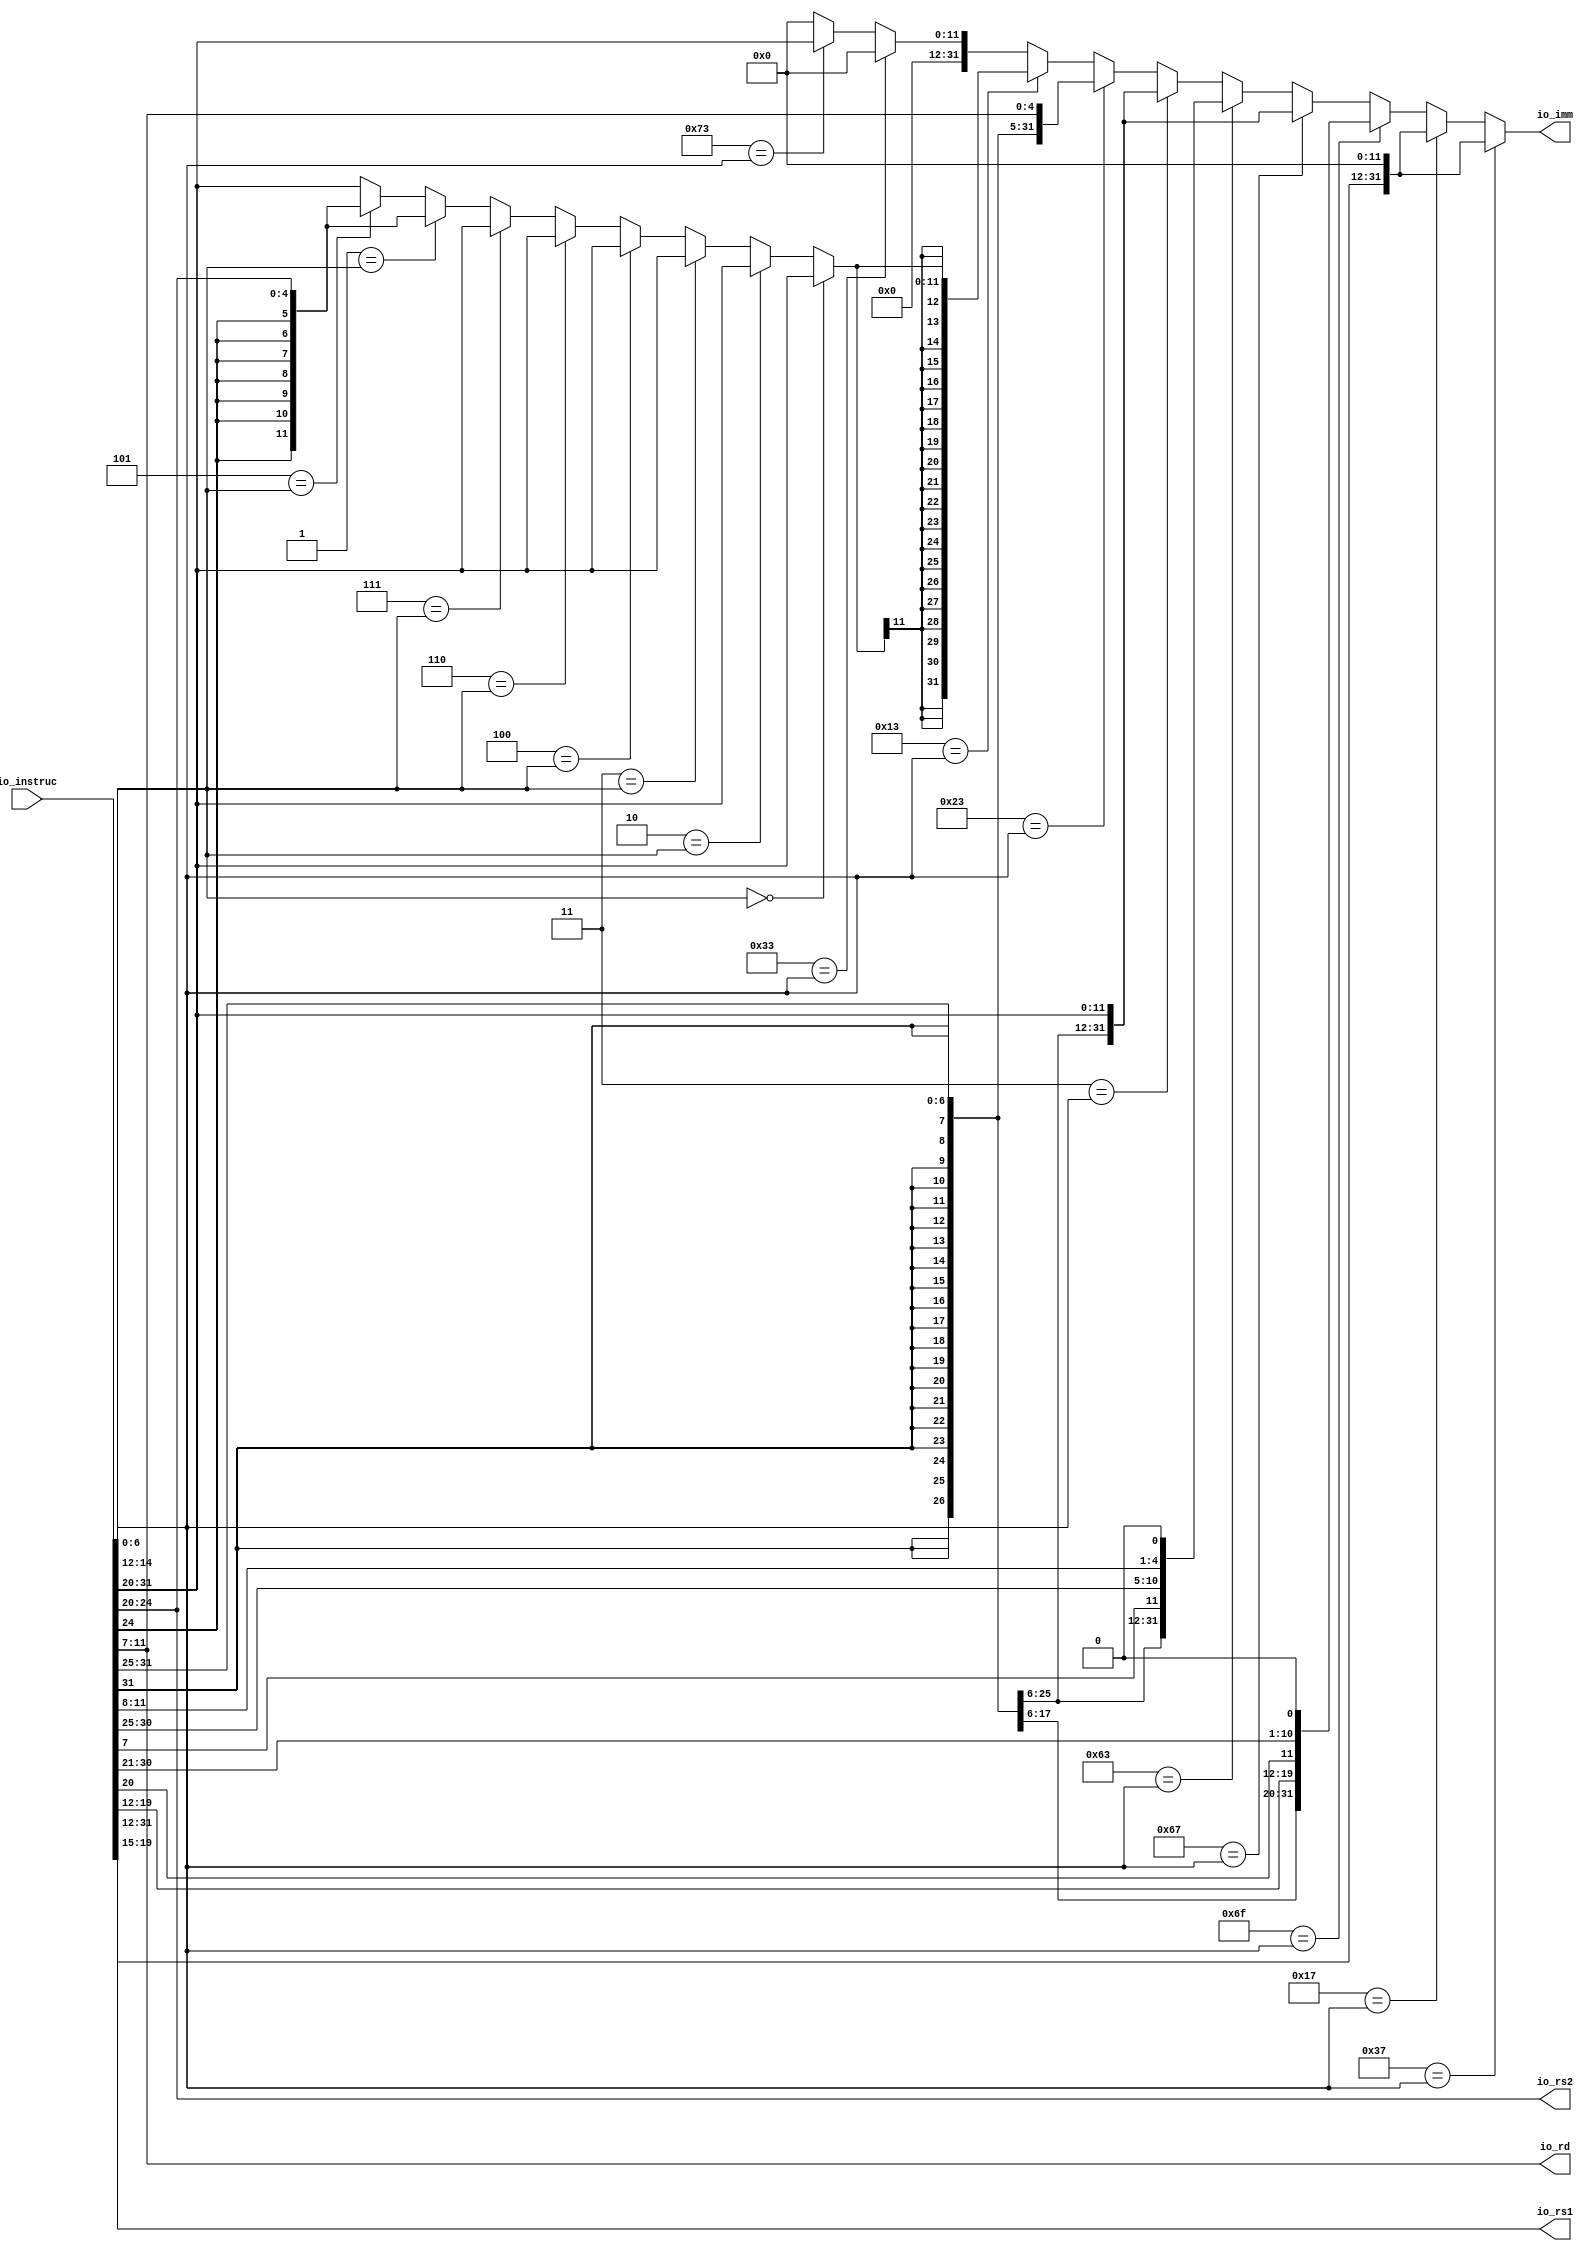
module InstDeco(
  input  [31:0] io_instruc,
  output [4:0]  io_rd,
  output [4:0]  io_rs1,
  output [4:0]  io_rs2,
  output [31:0] io_imm
);
  wire [6:0] opcode = io_instruc[6:0]; // @[InstDeco.scala 56:27]
  wire [2:0] funct3 = io_instruc[14:12]; // @[InstDeco.scala 58:27]
  wire [6:0] funct7 = io_instruc[31:25]; // @[InstDeco.scala 61:27]
  wire  _T_7 = 7'h37 == opcode; // @[Conditional.scala 37:30]
  wire [31:0] _T_10 = {io_instruc[31:12],12'h0}; // @[InstDeco.scala 80:76]
  wire  _T_11 = 7'h17 == opcode; // @[Conditional.scala 37:30]
  wire  _T_15 = 7'h6f == opcode; // @[Conditional.scala 37:30]
  wire [20:0] _T_24 = {io_instruc[31],io_instruc[19:12],io_instruc[20],io_instruc[30:21],1'h0}; // @[InstDeco.scala 89:123]
  wire  _T_25 = 7'h67 == opcode; // @[Conditional.scala 37:30]
  wire [11:0] _T_27 = io_instruc[31:20]; // @[InstDeco.scala 94:61]
  wire  _T_28 = 7'h63 == opcode; // @[Conditional.scala 37:30]
  wire [12:0] _T_37 = {io_instruc[31],io_instruc[7],io_instruc[30:25],io_instruc[11:8],1'h0}; // @[InstDeco.scala 99:121]
  wire  _T_38 = 3'h0 == funct3; // @[Conditional.scala 37:30]
  wire  _T_39 = 3'h1 == funct3; // @[Conditional.scala 37:30]
  wire  _T_40 = 3'h4 == funct3; // @[Conditional.scala 37:30]
  wire  _T_41 = 3'h5 == funct3; // @[Conditional.scala 37:30]
  wire  _T_42 = 3'h6 == funct3; // @[Conditional.scala 37:30]
  wire  _T_43 = 3'h7 == funct3; // @[Conditional.scala 37:30]
  wire  _T_44 = 7'h3 == opcode; // @[Conditional.scala 37:30]
  wire  _T_49 = 3'h2 == funct3; // @[Conditional.scala 37:30]
  wire  _T_52 = 7'h23 == opcode; // @[Conditional.scala 37:30]
  wire [11:0] _T_56 = {funct7,io_instruc[11:7]}; // @[InstDeco.scala 146:83]
  wire  _T_60 = 7'h13 == opcode; // @[Conditional.scala 37:30]
  wire  _T_65 = 3'h3 == funct3; // @[Conditional.scala 37:30]
  wire [4:0] _T_71 = io_instruc[24:20]; // @[InstDeco.scala 187:77]
  wire [11:0] _GEN_16 = _T_41 ? $signed({{7{_T_71[4]}},_T_71}) : $signed(_T_27); // @[Conditional.scala 39:67]
  wire [11:0] _GEN_18 = _T_39 ? $signed({{7{_T_71[4]}},_T_71}) : $signed(_GEN_16); // @[Conditional.scala 39:67]
  wire [11:0] _GEN_21 = _T_43 ? $signed(_T_27) : $signed(_GEN_18); // @[Conditional.scala 39:67]
  wire [11:0] _GEN_23 = _T_42 ? $signed(_T_27) : $signed(_GEN_21); // @[Conditional.scala 39:67]
  wire [11:0] _GEN_25 = _T_40 ? $signed(_T_27) : $signed(_GEN_23); // @[Conditional.scala 39:67]
  wire [11:0] _GEN_27 = _T_65 ? $signed(_T_27) : $signed(_GEN_25); // @[Conditional.scala 39:67]
  wire [11:0] _GEN_29 = _T_49 ? $signed(_T_27) : $signed(_GEN_27); // @[Conditional.scala 39:67]
  wire [11:0] _GEN_31 = _T_38 ? $signed(_T_27) : $signed(_GEN_29); // @[Conditional.scala 40:58]
  wire  _T_77 = 7'h33 == opcode; // @[Conditional.scala 37:30]
  wire  _T_104 = 7'h73 == opcode; // @[Conditional.scala 37:30]
  wire [31:0] _T_107 = {20'h0,io_instruc[31:20]}; // @[InstDeco.scala 320:68]
  wire [31:0] _GEN_65 = _T_104 ? $signed(_T_107) : $signed(32'sh0); // @[Conditional.scala 39:67]
  wire [31:0] _GEN_68 = _T_77 ? $signed(32'sh0) : $signed(_GEN_65); // @[Conditional.scala 39:67]
  wire [31:0] _GEN_69 = _T_60 ? $signed({{20{_GEN_31[11]}},_GEN_31}) : $signed(_GEN_68); // @[Conditional.scala 39:67]
  wire [31:0] _GEN_71 = _T_52 ? $signed({{20{_T_56[11]}},_T_56}) : $signed(_GEN_69); // @[Conditional.scala 39:67]
  wire [31:0] _GEN_73 = _T_44 ? $signed({{20{_T_27[11]}},_T_27}) : $signed(_GEN_71); // @[Conditional.scala 39:67]
  wire [31:0] _GEN_75 = _T_28 ? $signed({{19{_T_37[12]}},_T_37}) : $signed(_GEN_73); // @[Conditional.scala 39:67]
  wire [31:0] _GEN_78 = _T_25 ? $signed({{20{_T_27[11]}},_T_27}) : $signed(_GEN_75); // @[Conditional.scala 39:67]
  wire [31:0] _GEN_80 = _T_15 ? $signed({{11{_T_24[20]}},_T_24}) : $signed(_GEN_78); // @[Conditional.scala 39:67]
  wire [31:0] _GEN_82 = _T_11 ? $signed(_T_10) : $signed(_GEN_80); // @[Conditional.scala 39:67]
  assign io_rd = io_instruc[11:7]; // @[InstDeco.scala 65:14]
  assign io_rs1 = io_instruc[19:15]; // @[InstDeco.scala 68:15]
  assign io_rs2 = io_instruc[24:20]; // @[InstDeco.scala 70:15]
  assign io_imm = _T_7 ? $signed(_T_10) : $signed(_GEN_82); // @[InstDeco.scala 72:15 InstDeco.scala 80:39 InstDeco.scala 84:39 InstDeco.scala 89:39 InstDeco.scala 94:39 InstDeco.scala 99:39 InstDeco.scala 124:39 InstDeco.scala 146:39 InstDeco.scala 162:39 InstDeco.scala 187:55 InstDeco.scala 191:63 InstDeco.scala 320:31]
endmodule
module ALU(
  input  [31:0] io_instruc,
  input  [31:0] io_in1,
  input  [31:0] io_in2,
  output [31:0] io_out
);
  wire [6:0] opcode = io_instruc[6:0]; // @[ALU.scala 17:27]
  wire [2:0] funct3 = io_instruc[14:12]; // @[ALU.scala 19:27]
  wire [6:0] funct7 = io_instruc[31:25]; // @[ALU.scala 21:27]
  wire  _T_3 = opcode == 7'h37; // @[ALU.scala 24:20]
  wire  _T_4 = opcode == 7'h17; // @[ALU.scala 25:25]
  wire  _T_5 = opcode == 7'h13; // @[ALU.scala 26:25]
  wire  _T_6 = funct3 == 3'h0; // @[ALU.scala 27:28]
  wire [31:0] _T_8 = io_in1 + io_in2; // @[ALU.scala 27:82]
  wire  _T_9 = funct3 == 3'h2; // @[ALU.scala 28:33]
  wire  _T_12 = $signed(io_in1) < $signed(io_in2); // @[ALU.scala 28:98]
  wire  _T_13 = funct3 == 3'h3; // @[ALU.scala 29:33]
  wire  _T_14 = io_in1 < io_in2; // @[ALU.scala 29:94]
  wire  _T_16 = funct3 == 3'h4; // @[ALU.scala 30:33]
  wire [31:0] _T_17 = io_in1 ^ io_in2; // @[ALU.scala 30:90]
  wire  _T_18 = funct3 == 3'h6; // @[ALU.scala 31:33]
  wire [31:0] _T_19 = io_in1 | io_in2; // @[ALU.scala 31:90]
  wire  _T_20 = funct3 == 3'h7; // @[ALU.scala 32:33]
  wire [31:0] _T_21 = io_in1 & io_in2; // @[ALU.scala 32:90]
  wire  _T_22 = funct3 == 3'h1; // @[ALU.scala 33:33]
  wire [62:0] _GEN_34 = {{31'd0}, io_in1}; // @[ALU.scala 33:90]
  wire [62:0] _T_24 = _GEN_34 << io_in2[4:0]; // @[ALU.scala 33:90]
  wire  _T_25 = funct3 == 3'h5; // @[ALU.scala 34:33]
  wire  _T_26 = funct7 == 7'h0; // @[ALU.scala 35:36]
  wire [31:0] _T_28 = io_in1 >> io_in2[4:0]; // @[ALU.scala 35:98]
  wire  _T_29 = funct7 == 7'h20; // @[ALU.scala 36:41]
  wire  _T_31 = ~io_in1[31]; // @[ALU.scala 36:110]
  wire [5:0] _GEN_35 = {{1'd0}, io_in2[4:0]}; // @[ALU.scala 38:240]
  wire [5:0] _T_38 = 6'h20 - _GEN_35; // @[ALU.scala 38:240]
  wire [94:0] _T_39 = 95'hffffffff << _T_38; // @[ALU.scala 38:231]
  wire [94:0] _GEN_36 = {{63'd0}, _T_28}; // @[ALU.scala 38:213]
  wire [94:0] _T_40 = _GEN_36 | _T_39; // @[ALU.scala 38:213]
  wire [94:0] _GEN_0 = _T_31 ? {{63'd0}, _T_28} : _T_40; // @[ALU.scala 36:118]
  wire [94:0] _GEN_1 = _T_29 ? _GEN_0 : 95'h0; // @[ALU.scala 36:57]
  wire [94:0] _GEN_2 = _T_26 ? {{63'd0}, _T_28} : _GEN_1; // @[ALU.scala 35:49]
  wire [94:0] _GEN_3 = _T_25 ? _GEN_2 : 95'h0; // @[ALU.scala 34:49]
  wire [94:0] _GEN_4 = _T_22 ? {{32'd0}, _T_24} : _GEN_3; // @[ALU.scala 33:49]
  wire [94:0] _GEN_5 = _T_20 ? {{63'd0}, _T_21} : _GEN_4; // @[ALU.scala 32:49]
  wire [94:0] _GEN_6 = _T_18 ? {{63'd0}, _T_19} : _GEN_5; // @[ALU.scala 31:49]
  wire [94:0] _GEN_7 = _T_16 ? {{63'd0}, _T_17} : _GEN_6; // @[ALU.scala 30:49]
  wire [94:0] _GEN_8 = _T_13 ? {{94'd0}, _T_14} : _GEN_7; // @[ALU.scala 29:49]
  wire [94:0] _GEN_9 = _T_9 ? {{94'd0}, _T_12} : _GEN_8; // @[ALU.scala 28:49]
  wire [94:0] _GEN_10 = _T_6 ? {{63'd0}, _T_8} : _GEN_9; // @[ALU.scala 27:41]
  wire  _T_41 = opcode == 7'h33; // @[ALU.scala 44:25]
  wire [31:0] _T_48 = io_in1 - io_in2; // @[ALU.scala 47:104]
  wire [31:0] _GEN_11 = _T_29 ? _T_48 : 32'h0; // @[ALU.scala 47:57]
  wire [31:0] _GEN_12 = _T_26 ? _T_8 : _GEN_11; // @[ALU.scala 46:49]
  wire [62:0] _GEN_13 = _T_26 ? _T_24 : 63'h0; // @[ALU.scala 51:49]
  wire  _GEN_14 = _T_26 & _T_12; // @[ALU.scala 55:49]
  wire  _GEN_15 = _T_26 & _T_14; // @[ALU.scala 59:49]
  wire [31:0] _GEN_16 = _T_26 ? _T_17 : 32'h0; // @[ALU.scala 63:49]
  wire [31:0] _GEN_20 = _T_26 ? _T_19 : 32'h0; // @[ALU.scala 75:49]
  wire [31:0] _GEN_21 = _T_26 ? _T_21 : 32'h0; // @[ALU.scala 79:49]
  wire [31:0] _GEN_22 = _T_20 ? _GEN_21 : 32'h0; // @[ALU.scala 78:41]
  wire [31:0] _GEN_23 = _T_18 ? _GEN_20 : _GEN_22; // @[ALU.scala 74:49]
  wire [94:0] _GEN_24 = _T_25 ? _GEN_2 : {{63'd0}, _GEN_23}; // @[ALU.scala 66:49]
  wire [94:0] _GEN_25 = _T_16 ? {{63'd0}, _GEN_16} : _GEN_24; // @[ALU.scala 62:49]
  wire [94:0] _GEN_26 = _T_13 ? {{94'd0}, _GEN_15} : _GEN_25; // @[ALU.scala 58:49]
  wire [94:0] _GEN_27 = _T_9 ? {{94'd0}, _GEN_14} : _GEN_26; // @[ALU.scala 54:49]
  wire [94:0] _GEN_28 = _T_22 ? {{32'd0}, _GEN_13} : _GEN_27; // @[ALU.scala 50:49]
  wire [94:0] _GEN_29 = _T_6 ? {{63'd0}, _GEN_12} : _GEN_28; // @[ALU.scala 45:41]
  wire [94:0] _GEN_30 = _T_41 ? _GEN_29 : 95'h0; // @[ALU.scala 44:41]
  wire [94:0] _GEN_31 = _T_5 ? _GEN_10 : _GEN_30; // @[ALU.scala 26:41]
  wire [94:0] _GEN_32 = _T_4 ? 95'h0 : _GEN_31; // @[ALU.scala 25:41]
  wire [94:0] _GEN_33 = _T_3 ? 95'h0 : _GEN_32; // @[ALU.scala 24:33]
  assign io_out = _GEN_33[31:0]; // @[ALU.scala 24:55 ALU.scala 25:63 ALU.scala 27:72 ALU.scala 28:80 ALU.scala 29:80 ALU.scala 30:80 ALU.scala 31:80 ALU.scala 32:80 ALU.scala 33:80 ALU.scala 35:88 ALU.scala 36:127 ALU.scala 38:188 ALU.scala 41:87 ALU.scala 42:87 ALU.scala 46:88 ALU.scala 47:95 ALU.scala 48:87 ALU.scala 51:88 ALU.scala 52:87 ALU.scala 55:88 ALU.scala 56:87 ALU.scala 59:88 ALU.scala 60:79 ALU.scala 63:88 ALU.scala 64:79 ALU.scala 67:88 ALU.scala 68:127 ALU.scala 70:188 ALU.scala 72:79 ALU.scala 75:88 ALU.scala 76:79 ALU.scala 79:88 ALU.scala 80:79 ALU.scala 81:87 ALU.scala 82:71]
endmodule
module TOP(
  input         clock,
  input         reset,
  input         io_reset,
  output [31:0] io_out
);
`ifdef RANDOMIZE_REG_INIT
  reg [31:0] _RAND_0;
  reg [31:0] _RAND_1;
  reg [31:0] _RAND_2;
  reg [31:0] _RAND_3;
  reg [31:0] _RAND_4;
  reg [31:0] _RAND_5;
  reg [31:0] _RAND_6;
  reg [31:0] _RAND_7;
  reg [31:0] _RAND_8;
  reg [31:0] _RAND_9;
  reg [31:0] _RAND_10;
  reg [31:0] _RAND_11;
  reg [31:0] _RAND_12;
  reg [31:0] _RAND_13;
  reg [31:0] _RAND_14;
  reg [31:0] _RAND_15;
  reg [31:0] _RAND_16;
  reg [31:0] _RAND_17;
  reg [31:0] _RAND_18;
  reg [31:0] _RAND_19;
  reg [31:0] _RAND_20;
  reg [31:0] _RAND_21;
  reg [31:0] _RAND_22;
  reg [31:0] _RAND_23;
  reg [31:0] _RAND_24;
  reg [31:0] _RAND_25;
  reg [31:0] _RAND_26;
  reg [31:0] _RAND_27;
  reg [31:0] _RAND_28;
  reg [31:0] _RAND_29;
  reg [31:0] _RAND_30;
  reg [31:0] _RAND_31;
  reg [31:0] _RAND_32;
  reg [31:0] _RAND_33;
  reg [31:0] _RAND_34;
  reg [31:0] _RAND_35;
  reg [31:0] _RAND_36;
`endif // RANDOMIZE_REG_INIT
  wire [31:0] InstDeco_io_instruc; // @[TOP.scala 14:30]
  wire [4:0] InstDeco_io_rd; // @[TOP.scala 14:30]
  wire [4:0] InstDeco_io_rs1; // @[TOP.scala 14:30]
  wire [4:0] InstDeco_io_rs2; // @[TOP.scala 14:30]
  wire [31:0] InstDeco_io_imm; // @[TOP.scala 14:30]
  wire [31:0] ALU_io_instruc; // @[TOP.scala 15:25]
  wire [31:0] ALU_io_in1; // @[TOP.scala 15:25]
  wire [31:0] ALU_io_in2; // @[TOP.scala 15:25]
  wire [31:0] ALU_io_out; // @[TOP.scala 15:25]
  reg [6:0] opcode; // @[TOP.scala 18:29]
  reg [31:0] RegOfVec_0; // @[TOP.scala 19:31]
  reg [31:0] RegOfVec_1; // @[TOP.scala 19:31]
  reg [31:0] RegOfVec_2; // @[TOP.scala 19:31]
  reg [31:0] RegOfVec_3; // @[TOP.scala 19:31]
  reg [31:0] RegOfVec_4; // @[TOP.scala 19:31]
  reg [31:0] RegOfVec_5; // @[TOP.scala 19:31]
  reg [31:0] RegOfVec_6; // @[TOP.scala 19:31]
  reg [31:0] RegOfVec_7; // @[TOP.scala 19:31]
  reg [31:0] RegOfVec_8; // @[TOP.scala 19:31]
  reg [31:0] RegOfVec_9; // @[TOP.scala 19:31]
  reg [31:0] RegOfVec_10; // @[TOP.scala 19:31]
  reg [31:0] RegOfVec_11; // @[TOP.scala 19:31]
  reg [31:0] RegOfVec_12; // @[TOP.scala 19:31]
  reg [31:0] RegOfVec_13; // @[TOP.scala 19:31]
  reg [31:0] RegOfVec_14; // @[TOP.scala 19:31]
  reg [31:0] RegOfVec_15; // @[TOP.scala 19:31]
  reg [31:0] RegOfVec_16; // @[TOP.scala 19:31]
  reg [31:0] RegOfVec_17; // @[TOP.scala 19:31]
  reg [31:0] RegOfVec_18; // @[TOP.scala 19:31]
  reg [31:0] RegOfVec_19; // @[TOP.scala 19:31]
  reg [31:0] RegOfVec_20; // @[TOP.scala 19:31]
  reg [31:0] RegOfVec_21; // @[TOP.scala 19:31]
  reg [31:0] RegOfVec_22; // @[TOP.scala 19:31]
  reg [31:0] RegOfVec_23; // @[TOP.scala 19:31]
  reg [31:0] RegOfVec_24; // @[TOP.scala 19:31]
  reg [31:0] RegOfVec_25; // @[TOP.scala 19:31]
  reg [31:0] RegOfVec_26; // @[TOP.scala 19:31]
  reg [31:0] RegOfVec_27; // @[TOP.scala 19:31]
  reg [31:0] RegOfVec_28; // @[TOP.scala 19:31]
  reg [31:0] RegOfVec_29; // @[TOP.scala 19:31]
  reg [31:0] RegOfVec_30; // @[TOP.scala 19:31]
  reg [31:0] RegOfVec_31; // @[TOP.scala 19:31]
  reg [31:0] instruc; // @[TOP.scala 20:30]
  reg [4:0] addrI; // @[TOP.scala 21:28]
  reg [31:0] pc; // @[TOP.scala 22:25]
  reg [31:0] reg_out; // @[TOP.scala 23:30]
  wire [31:0] _GEN_1 = 5'h1 == InstDeco_io_rs1 ? RegOfVec_1 : RegOfVec_0; // @[TOP.scala 31:20]
  wire [31:0] _GEN_2 = 5'h2 == InstDeco_io_rs1 ? RegOfVec_2 : _GEN_1; // @[TOP.scala 31:20]
  wire [31:0] _GEN_3 = 5'h3 == InstDeco_io_rs1 ? RegOfVec_3 : _GEN_2; // @[TOP.scala 31:20]
  wire [31:0] _GEN_4 = 5'h4 == InstDeco_io_rs1 ? RegOfVec_4 : _GEN_3; // @[TOP.scala 31:20]
  wire [31:0] _GEN_5 = 5'h5 == InstDeco_io_rs1 ? RegOfVec_5 : _GEN_4; // @[TOP.scala 31:20]
  wire [31:0] _GEN_6 = 5'h6 == InstDeco_io_rs1 ? RegOfVec_6 : _GEN_5; // @[TOP.scala 31:20]
  wire [31:0] _GEN_7 = 5'h7 == InstDeco_io_rs1 ? RegOfVec_7 : _GEN_6; // @[TOP.scala 31:20]
  wire [31:0] _GEN_8 = 5'h8 == InstDeco_io_rs1 ? RegOfVec_8 : _GEN_7; // @[TOP.scala 31:20]
  wire [31:0] _GEN_9 = 5'h9 == InstDeco_io_rs1 ? RegOfVec_9 : _GEN_8; // @[TOP.scala 31:20]
  wire [31:0] _GEN_10 = 5'ha == InstDeco_io_rs1 ? RegOfVec_10 : _GEN_9; // @[TOP.scala 31:20]
  wire [31:0] _GEN_11 = 5'hb == InstDeco_io_rs1 ? RegOfVec_11 : _GEN_10; // @[TOP.scala 31:20]
  wire [31:0] _GEN_12 = 5'hc == InstDeco_io_rs1 ? RegOfVec_12 : _GEN_11; // @[TOP.scala 31:20]
  wire [31:0] _GEN_13 = 5'hd == InstDeco_io_rs1 ? RegOfVec_13 : _GEN_12; // @[TOP.scala 31:20]
  wire [31:0] _GEN_14 = 5'he == InstDeco_io_rs1 ? RegOfVec_14 : _GEN_13; // @[TOP.scala 31:20]
  wire [31:0] _GEN_15 = 5'hf == InstDeco_io_rs1 ? RegOfVec_15 : _GEN_14; // @[TOP.scala 31:20]
  wire [31:0] _GEN_16 = 5'h10 == InstDeco_io_rs1 ? RegOfVec_16 : _GEN_15; // @[TOP.scala 31:20]
  wire [31:0] _GEN_17 = 5'h11 == InstDeco_io_rs1 ? RegOfVec_17 : _GEN_16; // @[TOP.scala 31:20]
  wire [31:0] _GEN_18 = 5'h12 == InstDeco_io_rs1 ? RegOfVec_18 : _GEN_17; // @[TOP.scala 31:20]
  wire [31:0] _GEN_19 = 5'h13 == InstDeco_io_rs1 ? RegOfVec_19 : _GEN_18; // @[TOP.scala 31:20]
  wire [31:0] _GEN_20 = 5'h14 == InstDeco_io_rs1 ? RegOfVec_20 : _GEN_19; // @[TOP.scala 31:20]
  wire [31:0] _GEN_21 = 5'h15 == InstDeco_io_rs1 ? RegOfVec_21 : _GEN_20; // @[TOP.scala 31:20]
  wire [31:0] _GEN_22 = 5'h16 == InstDeco_io_rs1 ? RegOfVec_22 : _GEN_21; // @[TOP.scala 31:20]
  wire [31:0] _GEN_23 = 5'h17 == InstDeco_io_rs1 ? RegOfVec_23 : _GEN_22; // @[TOP.scala 31:20]
  wire [31:0] _GEN_24 = 5'h18 == InstDeco_io_rs1 ? RegOfVec_24 : _GEN_23; // @[TOP.scala 31:20]
  wire [31:0] _GEN_25 = 5'h19 == InstDeco_io_rs1 ? RegOfVec_25 : _GEN_24; // @[TOP.scala 31:20]
  wire [31:0] _GEN_26 = 5'h1a == InstDeco_io_rs1 ? RegOfVec_26 : _GEN_25; // @[TOP.scala 31:20]
  wire [31:0] _GEN_27 = 5'h1b == InstDeco_io_rs1 ? RegOfVec_27 : _GEN_26; // @[TOP.scala 31:20]
  wire [31:0] _GEN_28 = 5'h1c == InstDeco_io_rs1 ? RegOfVec_28 : _GEN_27; // @[TOP.scala 31:20]
  wire [31:0] _GEN_29 = 5'h1d == InstDeco_io_rs1 ? RegOfVec_29 : _GEN_28; // @[TOP.scala 31:20]
  wire [31:0] _GEN_30 = 5'h1e == InstDeco_io_rs1 ? RegOfVec_30 : _GEN_29; // @[TOP.scala 31:20]
  wire [31:0] _GEN_33 = 5'h1 == InstDeco_io_rs2 ? RegOfVec_1 : RegOfVec_0; // @[TOP.scala 32:26]
  wire [31:0] _GEN_34 = 5'h2 == InstDeco_io_rs2 ? RegOfVec_2 : _GEN_33; // @[TOP.scala 32:26]
  wire [31:0] _GEN_35 = 5'h3 == InstDeco_io_rs2 ? RegOfVec_3 : _GEN_34; // @[TOP.scala 32:26]
  wire [31:0] _GEN_36 = 5'h4 == InstDeco_io_rs2 ? RegOfVec_4 : _GEN_35; // @[TOP.scala 32:26]
  wire [31:0] _GEN_37 = 5'h5 == InstDeco_io_rs2 ? RegOfVec_5 : _GEN_36; // @[TOP.scala 32:26]
  wire [31:0] _GEN_38 = 5'h6 == InstDeco_io_rs2 ? RegOfVec_6 : _GEN_37; // @[TOP.scala 32:26]
  wire [31:0] _GEN_39 = 5'h7 == InstDeco_io_rs2 ? RegOfVec_7 : _GEN_38; // @[TOP.scala 32:26]
  wire [31:0] _GEN_40 = 5'h8 == InstDeco_io_rs2 ? RegOfVec_8 : _GEN_39; // @[TOP.scala 32:26]
  wire [31:0] _GEN_41 = 5'h9 == InstDeco_io_rs2 ? RegOfVec_9 : _GEN_40; // @[TOP.scala 32:26]
  wire [31:0] _GEN_42 = 5'ha == InstDeco_io_rs2 ? RegOfVec_10 : _GEN_41; // @[TOP.scala 32:26]
  wire [31:0] _GEN_43 = 5'hb == InstDeco_io_rs2 ? RegOfVec_11 : _GEN_42; // @[TOP.scala 32:26]
  wire [31:0] _GEN_44 = 5'hc == InstDeco_io_rs2 ? RegOfVec_12 : _GEN_43; // @[TOP.scala 32:26]
  wire [31:0] _GEN_45 = 5'hd == InstDeco_io_rs2 ? RegOfVec_13 : _GEN_44; // @[TOP.scala 32:26]
  wire [31:0] _GEN_46 = 5'he == InstDeco_io_rs2 ? RegOfVec_14 : _GEN_45; // @[TOP.scala 32:26]
  wire [31:0] _GEN_47 = 5'hf == InstDeco_io_rs2 ? RegOfVec_15 : _GEN_46; // @[TOP.scala 32:26]
  wire [31:0] _GEN_48 = 5'h10 == InstDeco_io_rs2 ? RegOfVec_16 : _GEN_47; // @[TOP.scala 32:26]
  wire [31:0] _GEN_49 = 5'h11 == InstDeco_io_rs2 ? RegOfVec_17 : _GEN_48; // @[TOP.scala 32:26]
  wire [31:0] _GEN_50 = 5'h12 == InstDeco_io_rs2 ? RegOfVec_18 : _GEN_49; // @[TOP.scala 32:26]
  wire [31:0] _GEN_51 = 5'h13 == InstDeco_io_rs2 ? RegOfVec_19 : _GEN_50; // @[TOP.scala 32:26]
  wire [31:0] _GEN_52 = 5'h14 == InstDeco_io_rs2 ? RegOfVec_20 : _GEN_51; // @[TOP.scala 32:26]
  wire [31:0] _GEN_53 = 5'h15 == InstDeco_io_rs2 ? RegOfVec_21 : _GEN_52; // @[TOP.scala 32:26]
  wire [31:0] _GEN_54 = 5'h16 == InstDeco_io_rs2 ? RegOfVec_22 : _GEN_53; // @[TOP.scala 32:26]
  wire [31:0] _GEN_55 = 5'h17 == InstDeco_io_rs2 ? RegOfVec_23 : _GEN_54; // @[TOP.scala 32:26]
  wire [31:0] _GEN_56 = 5'h18 == InstDeco_io_rs2 ? RegOfVec_24 : _GEN_55; // @[TOP.scala 32:26]
  wire [31:0] _GEN_57 = 5'h19 == InstDeco_io_rs2 ? RegOfVec_25 : _GEN_56; // @[TOP.scala 32:26]
  wire [31:0] _GEN_58 = 5'h1a == InstDeco_io_rs2 ? RegOfVec_26 : _GEN_57; // @[TOP.scala 32:26]
  wire [31:0] _GEN_59 = 5'h1b == InstDeco_io_rs2 ? RegOfVec_27 : _GEN_58; // @[TOP.scala 32:26]
  wire [31:0] _GEN_60 = 5'h1c == InstDeco_io_rs2 ? RegOfVec_28 : _GEN_59; // @[TOP.scala 32:26]
  wire [31:0] _GEN_61 = 5'h1d == InstDeco_io_rs2 ? RegOfVec_29 : _GEN_60; // @[TOP.scala 32:26]
  wire [31:0] _GEN_62 = 5'h1e == InstDeco_io_rs2 ? RegOfVec_30 : _GEN_61; // @[TOP.scala 32:26]
  wire [31:0] _GEN_63 = 5'h1f == InstDeco_io_rs2 ? RegOfVec_31 : _GEN_62; // @[TOP.scala 32:26]
  wire  _T_7 = ~io_reset; // @[TOP.scala 37:31]
  wire  _T_8 = pc != 32'h3; // @[TOP.scala 37:47]
  wire  _T_9 = _T_7 & _T_8; // @[TOP.scala 37:40]
  wire [31:0] _T_11 = pc + 32'h1; // @[TOP.scala 39:26]
  wire [4:0] _T_13 = addrI + 5'h1; // @[TOP.scala 43:32]
  wire  _T_14 = pc == 32'h3; // @[TOP.scala 49:17]
  wire  _T_15 = addrI == 5'h1; // @[TOP.scala 68:15]
  wire  _T_16 = addrI == 5'h2; // @[TOP.scala 71:26]
  wire  _T_17 = addrI == 5'h3; // @[TOP.scala 74:26]
  wire  _T_18 = addrI == 5'h4; // @[TOP.scala 77:26]
  wire  _T_19 = addrI == 5'h5; // @[TOP.scala 80:26]
  wire  _T_20 = addrI == 5'h6; // @[TOP.scala 83:26]
  InstDeco InstDeco ( // @[TOP.scala 14:30]
    .io_instruc(InstDeco_io_instruc),
    .io_rd(InstDeco_io_rd),
    .io_rs1(InstDeco_io_rs1),
    .io_rs2(InstDeco_io_rs2),
    .io_imm(InstDeco_io_imm)
  );
  ALU ALU ( // @[TOP.scala 15:25]
    .io_instruc(ALU_io_instruc),
    .io_in1(ALU_io_in1),
    .io_in2(ALU_io_in2),
    .io_out(ALU_io_out)
  );
  assign io_out = reg_out; // @[TOP.scala 34:16]
  assign InstDeco_io_instruc = instruc; // @[TOP.scala 26:29]
  assign ALU_io_instruc = instruc; // @[TOP.scala 30:23]
  assign ALU_io_in1 = 5'h1f == InstDeco_io_rs1 ? RegOfVec_31 : _GEN_30; // @[TOP.scala 31:20]
  assign ALU_io_in2 = opcode[5] ? _GEN_63 : InstDeco_io_imm; // @[TOP.scala 32:20]
`ifdef RANDOMIZE_GARBAGE_ASSIGN
`define RANDOMIZE
`endif
`ifdef RANDOMIZE_INVALID_ASSIGN
`define RANDOMIZE
`endif
`ifdef RANDOMIZE_REG_INIT
`define RANDOMIZE
`endif
`ifdef RANDOMIZE_MEM_INIT
`define RANDOMIZE
`endif
`ifndef RANDOM
`define RANDOM $random
`endif
`ifdef RANDOMIZE_MEM_INIT
  integer initvar;
`endif
`ifndef SYNTHESIS
`ifdef FIRRTL_BEFORE_INITIAL
`FIRRTL_BEFORE_INITIAL
`endif
initial begin
  `ifdef RANDOMIZE
    `ifdef INIT_RANDOM
      `INIT_RANDOM
    `endif
    `ifndef VERILATOR
      `ifdef RANDOMIZE_DELAY
        #`RANDOMIZE_DELAY begin end
      `else
        #0.002 begin end
      `endif
    `endif
`ifdef RANDOMIZE_REG_INIT
  _RAND_0 = {1{`RANDOM}};
  opcode = _RAND_0[6:0];
  _RAND_1 = {1{`RANDOM}};
  RegOfVec_0 = _RAND_1[31:0];
  _RAND_2 = {1{`RANDOM}};
  RegOfVec_1 = _RAND_2[31:0];
  _RAND_3 = {1{`RANDOM}};
  RegOfVec_2 = _RAND_3[31:0];
  _RAND_4 = {1{`RANDOM}};
  RegOfVec_3 = _RAND_4[31:0];
  _RAND_5 = {1{`RANDOM}};
  RegOfVec_4 = _RAND_5[31:0];
  _RAND_6 = {1{`RANDOM}};
  RegOfVec_5 = _RAND_6[31:0];
  _RAND_7 = {1{`RANDOM}};
  RegOfVec_6 = _RAND_7[31:0];
  _RAND_8 = {1{`RANDOM}};
  RegOfVec_7 = _RAND_8[31:0];
  _RAND_9 = {1{`RANDOM}};
  RegOfVec_8 = _RAND_9[31:0];
  _RAND_10 = {1{`RANDOM}};
  RegOfVec_9 = _RAND_10[31:0];
  _RAND_11 = {1{`RANDOM}};
  RegOfVec_10 = _RAND_11[31:0];
  _RAND_12 = {1{`RANDOM}};
  RegOfVec_11 = _RAND_12[31:0];
  _RAND_13 = {1{`RANDOM}};
  RegOfVec_12 = _RAND_13[31:0];
  _RAND_14 = {1{`RANDOM}};
  RegOfVec_13 = _RAND_14[31:0];
  _RAND_15 = {1{`RANDOM}};
  RegOfVec_14 = _RAND_15[31:0];
  _RAND_16 = {1{`RANDOM}};
  RegOfVec_15 = _RAND_16[31:0];
  _RAND_17 = {1{`RANDOM}};
  RegOfVec_16 = _RAND_17[31:0];
  _RAND_18 = {1{`RANDOM}};
  RegOfVec_17 = _RAND_18[31:0];
  _RAND_19 = {1{`RANDOM}};
  RegOfVec_18 = _RAND_19[31:0];
  _RAND_20 = {1{`RANDOM}};
  RegOfVec_19 = _RAND_20[31:0];
  _RAND_21 = {1{`RANDOM}};
  RegOfVec_20 = _RAND_21[31:0];
  _RAND_22 = {1{`RANDOM}};
  RegOfVec_21 = _RAND_22[31:0];
  _RAND_23 = {1{`RANDOM}};
  RegOfVec_22 = _RAND_23[31:0];
  _RAND_24 = {1{`RANDOM}};
  RegOfVec_23 = _RAND_24[31:0];
  _RAND_25 = {1{`RANDOM}};
  RegOfVec_24 = _RAND_25[31:0];
  _RAND_26 = {1{`RANDOM}};
  RegOfVec_25 = _RAND_26[31:0];
  _RAND_27 = {1{`RANDOM}};
  RegOfVec_26 = _RAND_27[31:0];
  _RAND_28 = {1{`RANDOM}};
  RegOfVec_27 = _RAND_28[31:0];
  _RAND_29 = {1{`RANDOM}};
  RegOfVec_28 = _RAND_29[31:0];
  _RAND_30 = {1{`RANDOM}};
  RegOfVec_29 = _RAND_30[31:0];
  _RAND_31 = {1{`RANDOM}};
  RegOfVec_30 = _RAND_31[31:0];
  _RAND_32 = {1{`RANDOM}};
  RegOfVec_31 = _RAND_32[31:0];
  _RAND_33 = {1{`RANDOM}};
  instruc = _RAND_33[31:0];
  _RAND_34 = {1{`RANDOM}};
  addrI = _RAND_34[4:0];
  _RAND_35 = {1{`RANDOM}};
  pc = _RAND_35[31:0];
  _RAND_36 = {1{`RANDOM}};
  reg_out = _RAND_36[31:0];
`endif // RANDOMIZE_REG_INIT
  `endif // RANDOMIZE
end // initial
`ifdef FIRRTL_AFTER_INITIAL
`FIRRTL_AFTER_INITIAL
`endif
`endif // SYNTHESIS
  always @(posedge clock) begin
    if (reset) begin
      opcode <= 7'h0;
    end else begin
      opcode <= instruc[6:0];
    end
    if (reset) begin
      RegOfVec_0 <= 32'h0;
    end else if (_T_14) begin
      if (5'h0 == InstDeco_io_rd) begin
        RegOfVec_0 <= reg_out;
      end
    end
    if (reset) begin
      RegOfVec_1 <= 32'h0;
    end else if (_T_14) begin
      if (5'h1 == InstDeco_io_rd) begin
        RegOfVec_1 <= reg_out;
      end
    end
    if (reset) begin
      RegOfVec_2 <= 32'h0;
    end else if (_T_14) begin
      if (5'h2 == InstDeco_io_rd) begin
        RegOfVec_2 <= reg_out;
      end
    end
    if (reset) begin
      RegOfVec_3 <= 32'h0;
    end else if (_T_14) begin
      if (5'h3 == InstDeco_io_rd) begin
        RegOfVec_3 <= reg_out;
      end
    end
    if (reset) begin
      RegOfVec_4 <= 32'h0;
    end else if (_T_14) begin
      if (5'h4 == InstDeco_io_rd) begin
        RegOfVec_4 <= reg_out;
      end
    end
    if (reset) begin
      RegOfVec_5 <= 32'h0;
    end else if (_T_14) begin
      if (5'h5 == InstDeco_io_rd) begin
        RegOfVec_5 <= reg_out;
      end
    end
    if (reset) begin
      RegOfVec_6 <= 32'h0;
    end else if (_T_14) begin
      if (5'h6 == InstDeco_io_rd) begin
        RegOfVec_6 <= reg_out;
      end
    end
    if (reset) begin
      RegOfVec_7 <= 32'h0;
    end else if (_T_14) begin
      if (5'h7 == InstDeco_io_rd) begin
        RegOfVec_7 <= reg_out;
      end
    end
    if (reset) begin
      RegOfVec_8 <= 32'h0;
    end else if (_T_14) begin
      if (5'h8 == InstDeco_io_rd) begin
        RegOfVec_8 <= reg_out;
      end
    end
    if (reset) begin
      RegOfVec_9 <= 32'h0;
    end else if (_T_14) begin
      if (5'h9 == InstDeco_io_rd) begin
        RegOfVec_9 <= reg_out;
      end
    end
    if (reset) begin
      RegOfVec_10 <= 32'h0;
    end else if (_T_14) begin
      if (5'ha == InstDeco_io_rd) begin
        RegOfVec_10 <= reg_out;
      end
    end
    if (reset) begin
      RegOfVec_11 <= 32'h0;
    end else if (_T_14) begin
      if (5'hb == InstDeco_io_rd) begin
        RegOfVec_11 <= reg_out;
      end
    end
    if (reset) begin
      RegOfVec_12 <= 32'h0;
    end else if (_T_14) begin
      if (5'hc == InstDeco_io_rd) begin
        RegOfVec_12 <= reg_out;
      end
    end
    if (reset) begin
      RegOfVec_13 <= 32'h0;
    end else if (_T_14) begin
      if (5'hd == InstDeco_io_rd) begin
        RegOfVec_13 <= reg_out;
      end
    end
    if (reset) begin
      RegOfVec_14 <= 32'h0;
    end else if (_T_14) begin
      if (5'he == InstDeco_io_rd) begin
        RegOfVec_14 <= reg_out;
      end
    end
    if (reset) begin
      RegOfVec_15 <= 32'h0;
    end else if (_T_14) begin
      if (5'hf == InstDeco_io_rd) begin
        RegOfVec_15 <= reg_out;
      end
    end
    if (reset) begin
      RegOfVec_16 <= 32'h0;
    end else if (_T_14) begin
      if (5'h10 == InstDeco_io_rd) begin
        RegOfVec_16 <= reg_out;
      end
    end
    if (reset) begin
      RegOfVec_17 <= 32'h0;
    end else if (_T_14) begin
      if (5'h11 == InstDeco_io_rd) begin
        RegOfVec_17 <= reg_out;
      end
    end
    if (reset) begin
      RegOfVec_18 <= 32'h0;
    end else if (_T_14) begin
      if (5'h12 == InstDeco_io_rd) begin
        RegOfVec_18 <= reg_out;
      end
    end
    if (reset) begin
      RegOfVec_19 <= 32'h0;
    end else if (_T_14) begin
      if (5'h13 == InstDeco_io_rd) begin
        RegOfVec_19 <= reg_out;
      end
    end
    if (reset) begin
      RegOfVec_20 <= 32'h0;
    end else if (_T_14) begin
      if (5'h14 == InstDeco_io_rd) begin
        RegOfVec_20 <= reg_out;
      end
    end
    if (reset) begin
      RegOfVec_21 <= 32'h0;
    end else if (_T_14) begin
      if (5'h15 == InstDeco_io_rd) begin
        RegOfVec_21 <= reg_out;
      end
    end
    if (reset) begin
      RegOfVec_22 <= 32'h0;
    end else if (_T_14) begin
      if (5'h16 == InstDeco_io_rd) begin
        RegOfVec_22 <= reg_out;
      end
    end
    if (reset) begin
      RegOfVec_23 <= 32'h0;
    end else if (_T_14) begin
      if (5'h17 == InstDeco_io_rd) begin
        RegOfVec_23 <= reg_out;
      end
    end
    if (reset) begin
      RegOfVec_24 <= 32'h0;
    end else if (_T_14) begin
      if (5'h18 == InstDeco_io_rd) begin
        RegOfVec_24 <= reg_out;
      end
    end
    if (reset) begin
      RegOfVec_25 <= 32'h0;
    end else if (_T_14) begin
      if (5'h19 == InstDeco_io_rd) begin
        RegOfVec_25 <= reg_out;
      end
    end
    if (reset) begin
      RegOfVec_26 <= 32'h0;
    end else if (_T_14) begin
      if (5'h1a == InstDeco_io_rd) begin
        RegOfVec_26 <= reg_out;
      end
    end
    if (reset) begin
      RegOfVec_27 <= 32'h0;
    end else if (_T_14) begin
      if (5'h1b == InstDeco_io_rd) begin
        RegOfVec_27 <= reg_out;
      end
    end
    if (reset) begin
      RegOfVec_28 <= 32'h0;
    end else if (_T_14) begin
      if (5'h1c == InstDeco_io_rd) begin
        RegOfVec_28 <= reg_out;
      end
    end
    if (reset) begin
      RegOfVec_29 <= 32'h0;
    end else if (_T_14) begin
      if (5'h1d == InstDeco_io_rd) begin
        RegOfVec_29 <= reg_out;
      end
    end
    if (reset) begin
      RegOfVec_30 <= 32'h0;
    end else if (_T_14) begin
      if (5'h1e == InstDeco_io_rd) begin
        RegOfVec_30 <= reg_out;
      end
    end
    if (reset) begin
      RegOfVec_31 <= 32'h0;
    end else if (_T_14) begin
      if (5'h1f == InstDeco_io_rd) begin
        RegOfVec_31 <= reg_out;
      end
    end
    if (reset) begin
      instruc <= 32'h0;
    end else if (_T_15) begin
      instruc <= 32'h100113;
    end else if (_T_16) begin
      instruc <= 32'h300193;
    end else if (_T_17) begin
      instruc <= 32'h213;
    end else if (_T_18) begin
      instruc <= 32'h310233;
    end else if (_T_19) begin
      instruc <= 32'h2201b3;
    end else if (_T_20) begin
      instruc <= 32'h418133;
    end
    if (reset) begin
      addrI <= 5'h0;
    end else if (!(_T_9)) begin
      addrI <= _T_13;
    end
    if (reset) begin
      pc <= 32'h0;
    end else if (_T_9) begin
      pc <= _T_11;
    end else begin
      pc <= 32'h0;
    end
    if (reset) begin
      reg_out <= 32'h0;
    end else begin
      reg_out <= ALU_io_out;
    end
  end
endmodule